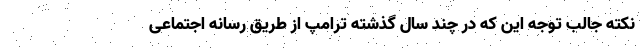
نکته جالب توجه این که در چند سال گذشته ترامپ از طریق رسانه اجتماعی